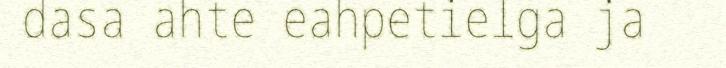
dasa ahte eahpetielga ja